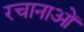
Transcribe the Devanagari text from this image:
रचानाओं